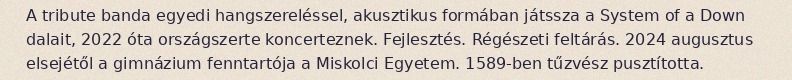
A tribute banda egyedi hangszereléssel, akusztikus formában játssza a System of a Down dalait, 2022 óta országszerte koncerteznek. Fejlesztés. Régészeti feltárás. 2024 augusztus elsejétől a gimnázium fenntartója a Miskolci Egyetem. 1589-ben tűzvész pusztította.